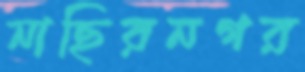
নাছিরনগর